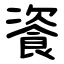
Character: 餈